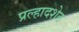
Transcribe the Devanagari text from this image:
प्रल्हादशेठ